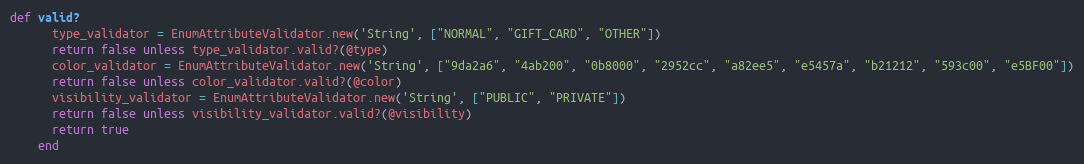
Language: Ruby
def valid?
      type_validator = EnumAttributeValidator.new('String', ["NORMAL", "GIFT_CARD", "OTHER"])
      return false unless type_validator.valid?(@type)
      color_validator = EnumAttributeValidator.new('String', ["9da2a6", "4ab200", "0b8000", "2952cc", "a82ee5", "e5457a", "b21212", "593c00", "e5BF00"])
      return false unless color_validator.valid?(@color)
      visibility_validator = EnumAttributeValidator.new('String', ["PUBLIC", "PRIVATE"])
      return false unless visibility_validator.valid?(@visibility)
      return true
    end